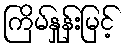
ကြိမ်နှုန်းမြင့်